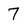
Character: 7